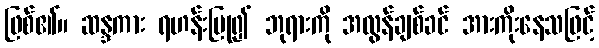
ဖြစ်၏။ ဆန္ဒကား ရဟန်းပြု၍ ဘုရားကို အလွန်ချစ်ခင် အားကိုးနေသဖြင့်